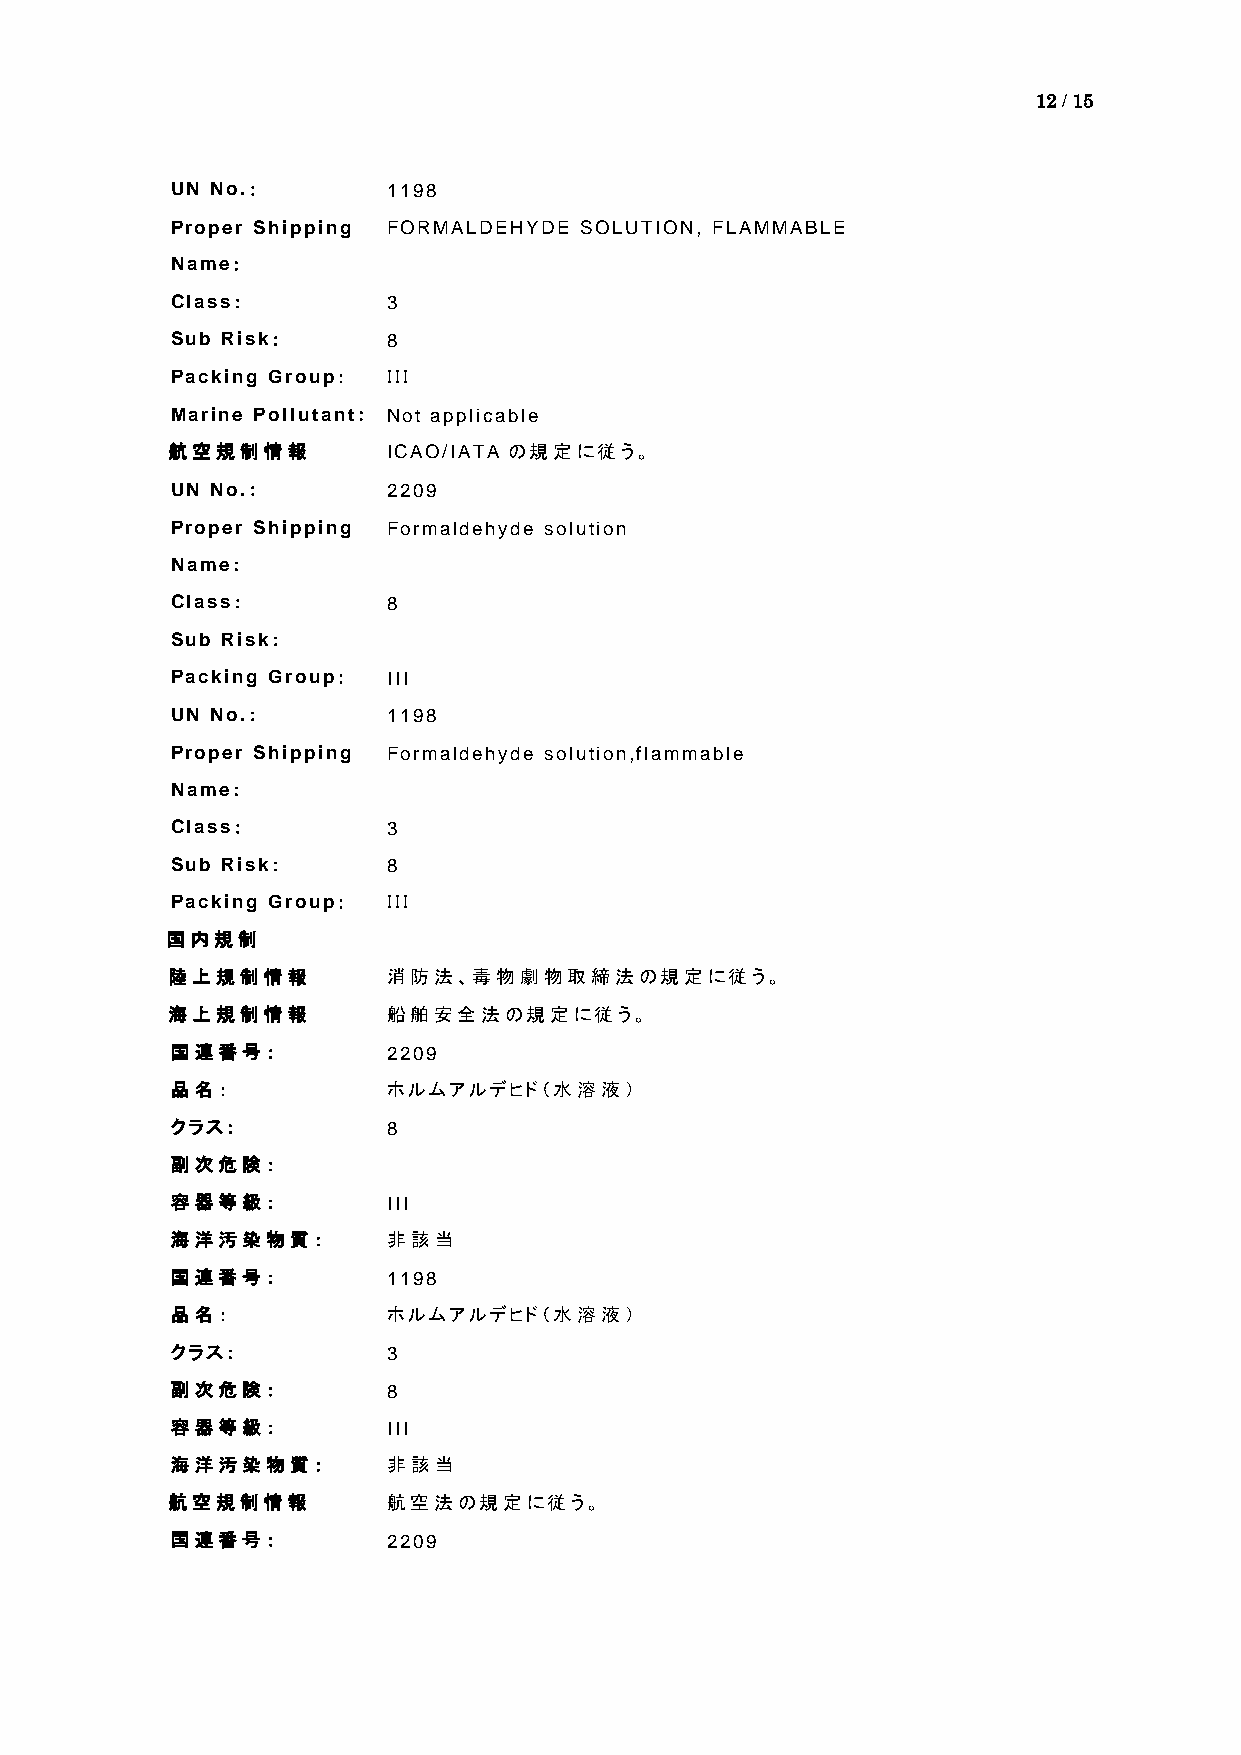
12 / 15
 UN No.：        1198
 Proper Shipping FORMALDEHYDE SOLUTION, FLAMMABLE
 Name：
 Class：         3
 Sub Risk：      8
 Packing Group： ＩＩＩ
 Marine Pollutant： Not applicable
 航空規制情報         ICAO/IATA の規定に従う。
 UN No.：        2209
 Proper Shipping Formaldehyde solution
 Name：
 Class：         8
 Sub Risk：
 Packing Group： III
 UN No.：        1198
 Proper Shipping Formaldehyde solution,flammable
 Name：
 Class：         3
 Sub Risk：      8
 Packing Group： ＩＩＩ
 国内規制
 陸上規制情報         消防法、毒物劇物取締法の規定に従う。
 海上規制情報         船舶安全法の規定に従う。
 国連番号：          2209
 品名：            ホルムアルデヒド（水溶液）
 クラス：           8
 副次危険：
 容器等級：          III
 海洋汚染物質：        非該当
 国連番号：          1198
 品名：            ホルムアルデヒド（水溶液）
 クラス：           3
 副次危険：          8
 容器等級：          III
 海洋汚染物質：        非該当
 航空規制情報         航空法の規定に従う。
 国連番号：          2209